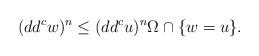
LaTeX: \begin{align*} (dd^c w)^n \leq (dd^c u)^n \Omega \cap \{w=u\}.\end{align*}